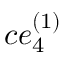
c e _ { 4 } ^ { ( 1 ) }